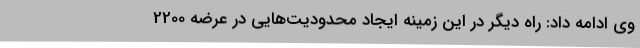
وی ادامه داد: راه دیگر در این زمینه ایجاد محدودیت‌هایی در عرضه 2200